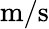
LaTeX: \mathrm{m/s}